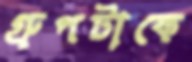
গ্রুপটাকে